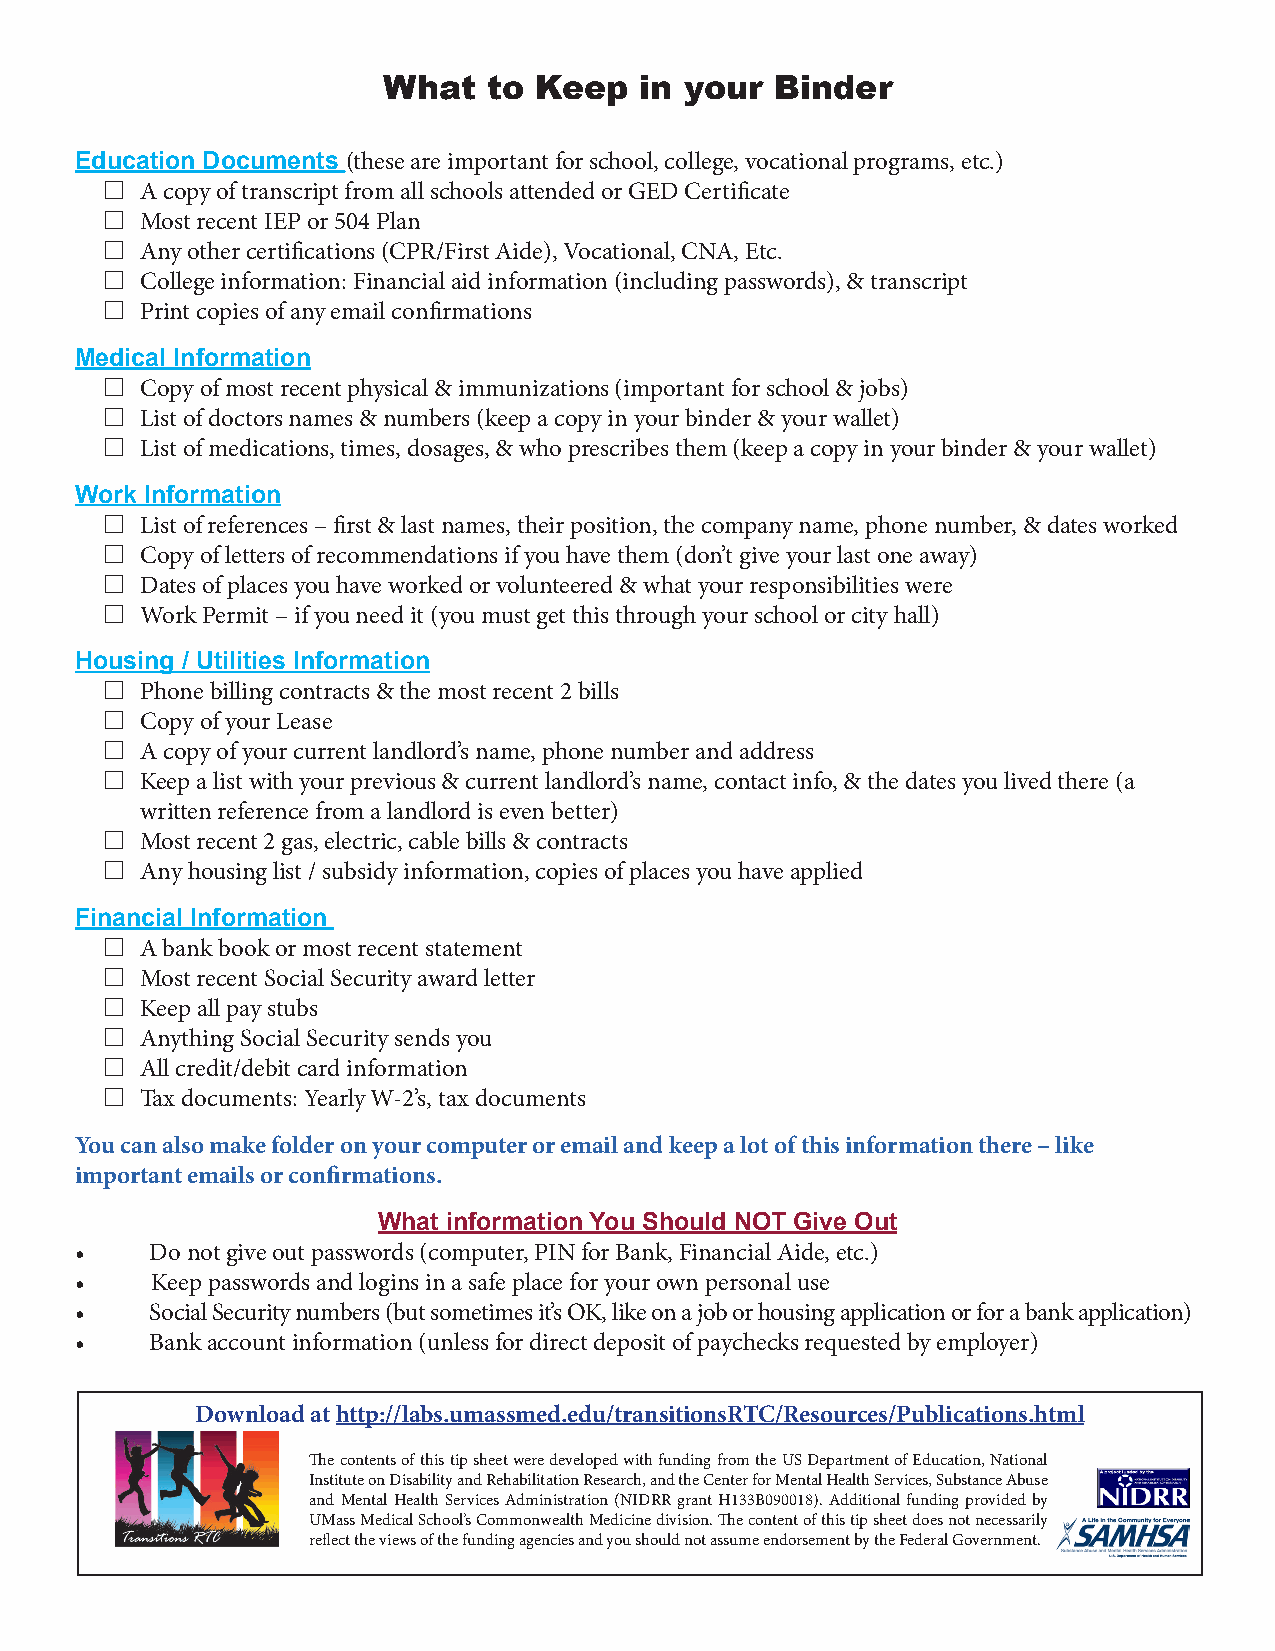
What   to Keep   in your  Binder
 Education Documents (these are important for school, college, vocational programs, etc.)
 A copy of transcript from all schools attended or GED Certificate
 Most recent IEP or 504 Plan
 Any other certifications (CPR/First Aide), Vocational, CNA, Etc.
 College information: Financial aid information (including passwords), & transcript
 Print copies of any email confirmations
 Medical Information
 Copy of most recent physical & immunizations (important for school & jobs)
 List of doctors names & numbers (keep a copy in your binder & your wallet)
 List of medications, times, dosages, & who prescribes them (keep a copy in your binder & your wallet)
 Work Information
 List of references – first & last names, their position, the company name, phone number, & dates worked
 Copy of letters of recommendations if you have them (don’t give your last one away)
 Dates of places you have worked or volunteered & what your responsibilities were
 Work Permit – if you need it (you must get this through your school or city hall)
 Housing / Utilities Information
 Phone billing contracts & the most recent 2 bills
 Copy of your Lease
 A copy of your current landlord’s name, phone number and address
 Keep a list with your previous & current landlord’s name, contact info, & the dates you lived there (a
 written reference from a landlord is even better)
 Most recent 2 gas, electric, cable bills & contracts
 Any housing list / subsidy information, copies of places you have applied
 Financial Information
 A bank book or most recent statement
 Most recent Social Security award letter
 Keep all pay stubs
 Anything Social Security sends you
 All credit/debit card information
 Tax documents: Yearly W-2’s, tax documents
 You can also make folder on your computer or email and keep a lot of this information there – like
 important emails or confirmations.
 What information You Should NOT Give Out
 •    Do not give out passwords (computer, PIN for Bank, Financial Aide, etc.)
 •    Keep passwords and logins in a safe place for your own personal use
 •    Social Security numbers (but sometimes it’s OK, like on a job or housing application or for a bank application)
 •    Bank account information (unless for direct deposit of paychecks requested by employer)
 Download at http://labs.umassmed.edu/transitionsRTC/Resources/Publications.html
 The contents of this tip sheet were developed with funding from the US Department of Education, National
 Institute on Disability and Rehabilitation Research, and the Center for Mental Health Services, Substance Abuse
 and Mental Health Services Administration (NIDRR grant H133B090018). Additional funding provided by
 UMass Medical School’s Commonwealth Medicine division. The content of this tip sheet does not necessarily
 reflect the views of the funding agencies and you should not assume endorsement by the Federal Government.